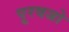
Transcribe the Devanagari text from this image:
पूरवजो